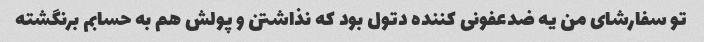
تو سفارشای من یه ضدعفونی کننده دتول بود که نذاشتن و پولش هم به حسابم برنگشته